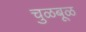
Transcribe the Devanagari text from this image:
चुळबूळ